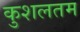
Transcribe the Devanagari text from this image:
कुशलतम